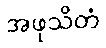
အဖုသိတံ